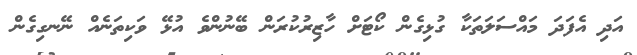
އަދި އެފަދަ މައްސަލަތަކާ ގުޅިގެން ކޯޓަށް ހާޒިރުކުރަން ބޭނުންވެ އުޅޭ ވަކިތަނެއް ނޭނގިގެންް